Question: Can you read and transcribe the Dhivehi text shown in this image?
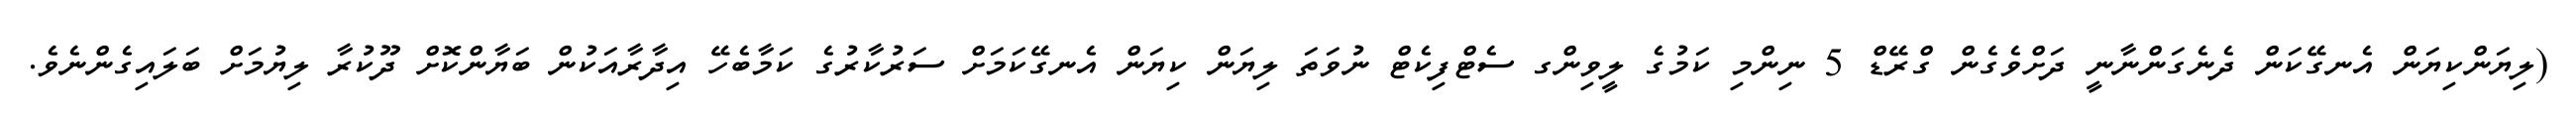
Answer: (ލިޔަންކިޔަން އެނގޭކަން ދެނެގަންނާނީ ދަށްވެގެން ގްރޭޑް 5 ނިންމި ކަމުގެ ލީވިންގ ސެޓްފިކެޓް ނުވަތަ ލިޔަން ކިޔަން އެނގޭކަމަށް ސަރުކާރުގެ ކަމާބެހޭ އިދާރާއަކުން ބަޔާންކޮށް ދޫކުރާ ލިޔުމަށް ބަލައިގެންނެވެ.